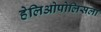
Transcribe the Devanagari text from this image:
हेलिओपोलिसला